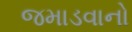
જમાડવાનો